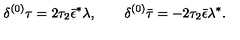
{ \delta ^ { ( 0 ) } \tau = 2 \tau _ { 2 } \bar { \epsilon } ^ { * } \lambda , \qquad \delta ^ { ( 0 ) } \bar { \tau } = - 2 \tau _ { 2 } \bar { \epsilon } \lambda ^ { * } . }